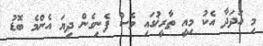
މި އަދަދާ އެކު މިއީ ތާރީޚުގައި ވެސް ފެނިގެން ދިޔަ އެންމެ ބޮޑު